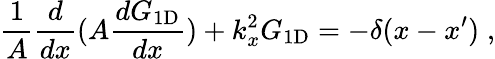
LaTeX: \frac{1}{A}\frac{d}{dx}(A\frac{dG_{\mathrm{1D}}}{dx})+k_{x}^{2}{G_{\mathrm{1D}}}=-\delta(x-x^{\prime})\; ,